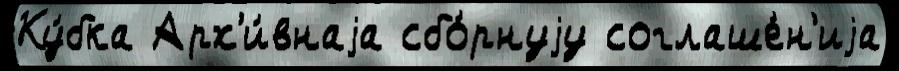
Ку́бка Арх'и́внаjа сбо́рнуjу соглаше́н'иjа